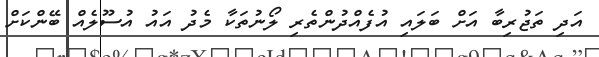
އަދި ތަޖުރިބާ އަށް ބަލައި އުފެއްދުންތެރި ލޯނުތަކާ މެދު އައު އުސޫލެއް ބޭންކަށް